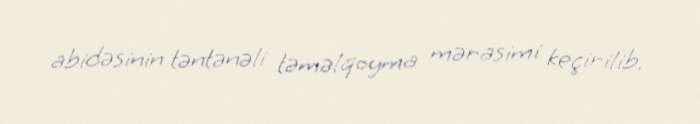
abidəsinin təntənəli təməlqoyma mərasimi keçirilib.